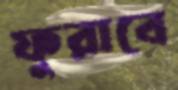
ফুরাবে